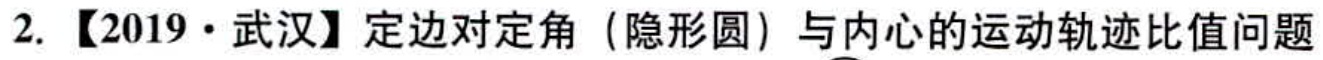
2.【2019·武汉】定边对定角（隐形圆）与内心的运动轨迹比值问题